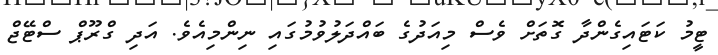
ޓީމު ކަޓައިގެންދާ ގޮތަށް ވެސް މިއަދުގެ ބައްދަލުވުމުގައި ނިންމިއެވެ. އަދި ގްރޫޕް ސްޓޭޖް